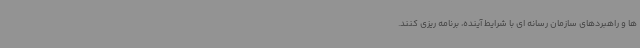
ها و راهبردهای سازمان رسانه ای با شرایط آینده، برنامه ریزی کنند.